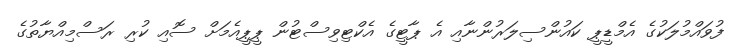
ފުވައްމުލަކުގެ އެމްޑީޕީ ކައުންސިލަރުންނާއި އެ ޕާޓީގެ އެކްޓިވިސްޓުން ޕީޕީއެމަށް ސޮއި ކުރި ރަސްމިއްޔާތުގެ